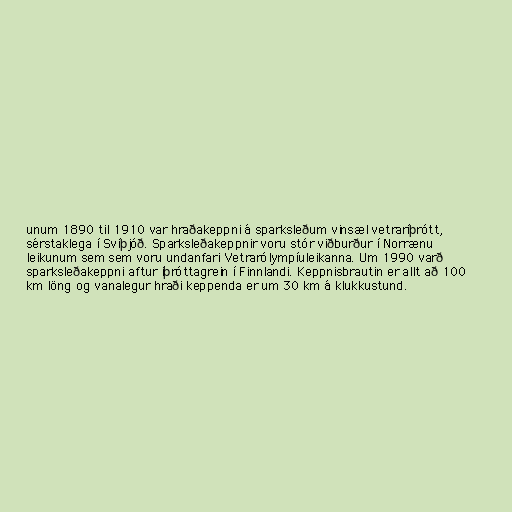
unum 1890 til 1910 var hraðakeppni á sparksleðum vinsæl vetraríþrótt,
sérstaklega í Svíþjóð. Sparksleðakeppnir voru stór viðburður í Norrænu
leikunum sem sem voru undanfari Vetrarólympíuleikanna. Um 1990 varð
sparksleðakeppni aftur íþróttagrein í Finnlandi. Keppnisbrautin er allt að 100
km löng og vanalegur hraði keppenda er um 30 km á klukkustund.